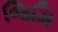
જિમિ